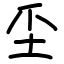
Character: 坕